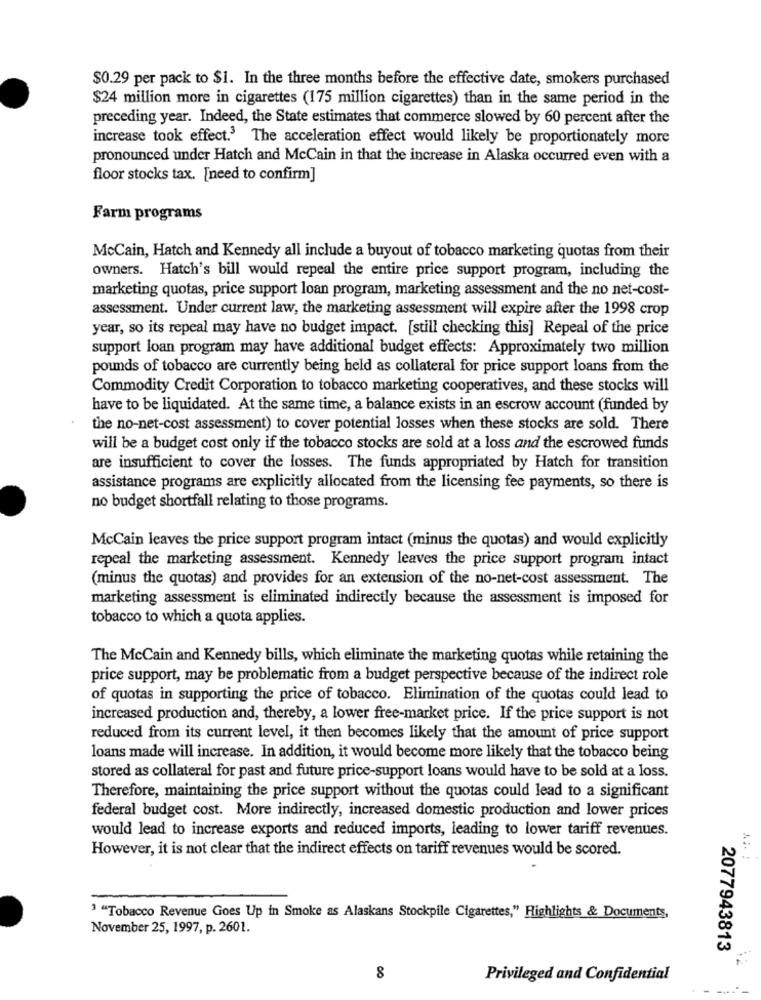
$0.29 per pack to $1. In the three months before the effective date, smokers purchased
$24 million more in cigarettes (175 million cigarettes) than in the same period in the
preceding year. Indeed, the State estimates that commerce slowed by 60 percent after the
increase took effect.3 The acceleration effect would likely be proportionately more
pronounced under Hatch and McCain in that the increase in Alaska occurred even with a
floor stocks tax. [need to confirm]
Farm programs
McCain, Hatch and Kennedy all include a buyout of tobacco marketing quotas from their
owners. Hatch's bill would repeal the entire price support program, including the
marketing quotas, price support loan program, marketing assessment and the no net-cost-
assessment. Under current law, the marketing assessment will expire after the 1998 crop
year, so its repeal may have no budget impact. [still checking this] Repeal of the price
support loan program may have additional budget effects: Approximately two million
pounds of tobacco are currently being held as collateral for price support loans from the
Commodity Credit Corporation to tobacco marketing cooperatives, and these stocks will
have to be liquidated. At the same time, a balance exists in an escrow account (funded by
the no-net-cost assessment) to cover potential losses when these stocks are sold. There
will be a budget cost only if the tobacco stocks are sold at a loss and the escrowed funds
are insufficient to cover the losses. The funds appropriated by Hatch for transition
assistance programs are explicitly allocated from the licensing fec payments, so there is
no budget shortfall relating to those programs.
McCain leaves the price support program intact (minus the quotas) and would explicitly
repeal the marketing assessment. Kennedy leaves the price support program intact
(minus the quotas) and provides for an extension of the no-net-cost assessment. The
marketing assessment is eliminated indirectly because the assessment is imposed for
tobacco to which a quota applies.
The McCain and Kennedy bills, which eliminate the marketing quotas while retaining the
price support, may be problematic from a budget perspective because of the indirect role
of quotas in supporting the price of tobacco. Elimination of the quotas could lead to
increased production and, thereby, a lower free-market price. If the price support is not
reduced from its current level, it then becomes likely that the amount of price support
loans made will increase. In addition, it would become more likely that the tobacco being
stored as collateral for past and future price-support loans would have to be sold at a loss.
Therefore, maintaining the price support without the quotas could lead to a significant
federal budget cost. More indirectly, increased domestic production and lower prices
would lead to increase exports and reduced imports, leading to lower tariff revenues.
However, it is not clear that the indirect effects on tariff revenues would be scored.
3 "Tobacco Revenue Goes Up in Smoke as Alaskans Stockpile Cigarettes," Highlights & Documents,
November 25, 1997, p. 2601.
2077943813
8
Privileged and Confidential